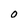
Character: O